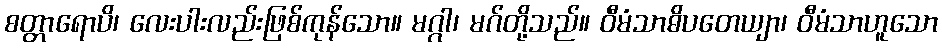
စတ္တာရောပိ၊ လေးပါးလည်းဖြစ်ကုန်သော။ မဂ္ဂါ၊ မဂ်တို့သည်။ ဝီမံသာဓိပတေယျာ၊ ဝီမံသာဟူသော